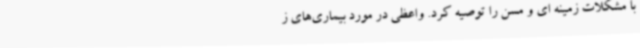
با مشکلات زمینه ای و مسن را توصیه کرد. واعظی در مورد بیماری‌های ز